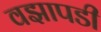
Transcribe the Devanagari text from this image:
वझापडी